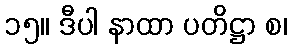
၁၅။ ဒီပါ နာထာ ပတိဋ္ဌာ စ၊